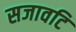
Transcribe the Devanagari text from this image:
सजावटि